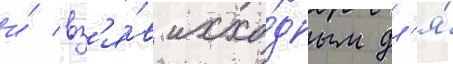
и́ вз'я́в исхо́дным дл'я́